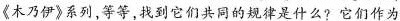
《木乃伊》系列等等找到它们共同的规律是什么?它们作为